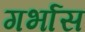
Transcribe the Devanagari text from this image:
गर्भास